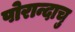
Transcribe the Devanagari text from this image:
पोरान्दाचु